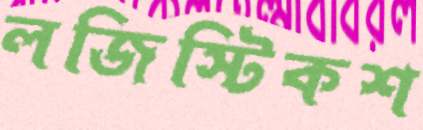
লজিস্টিকশ